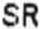
SR